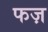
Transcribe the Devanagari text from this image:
फज़